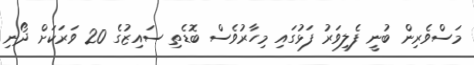
މަސްވެރިން ބުނީ ފެލިވަރު ފަޅުގައި މިހާރުވެސް ބޮޑެތި ސައިޒުގެ 20 ވަރަކަށް ދޯނި